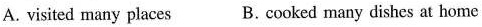
A. visited many places B. Cooked many dishes at home